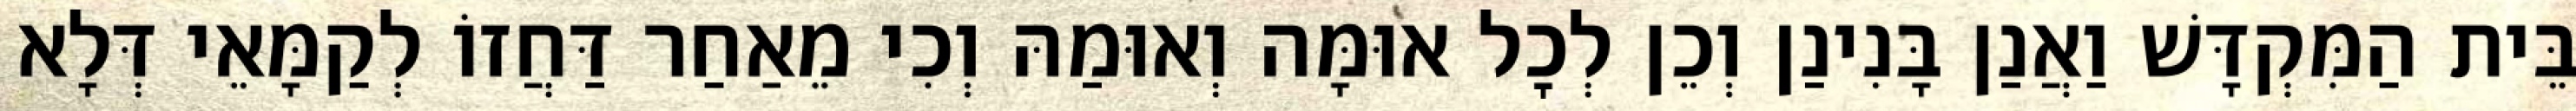
בֵּית הַמִּקְדָּשׁ וַאֲנַן בָּנִינַן וְכֵן לְכׇל אוּמָּה וְאוּמַהּ וְכִי מֵאַחַר דַּחֲזוֹ לְקַמָּאֵי דְּלָא